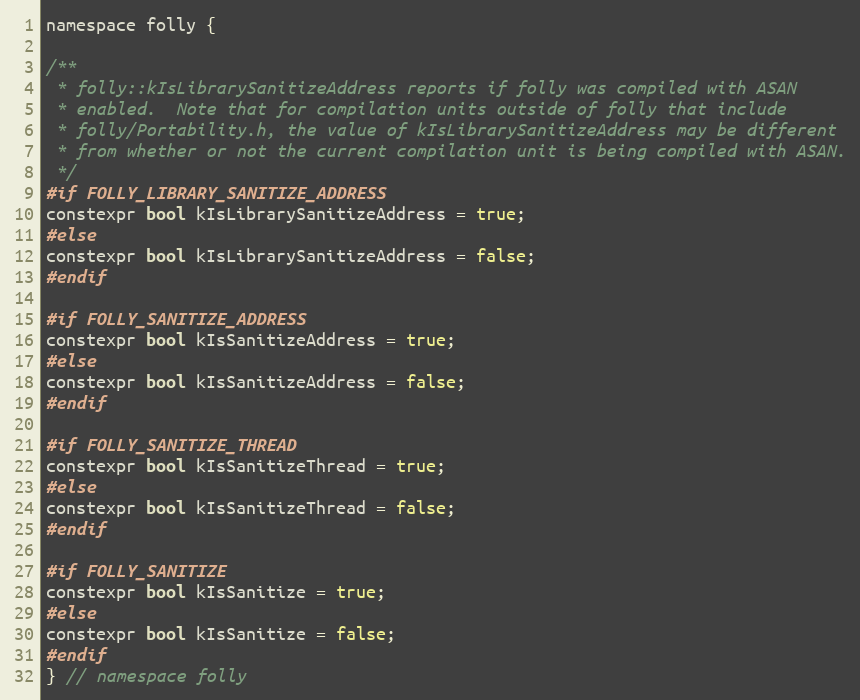
Language: C
namespace folly {

/**
 * folly::kIsLibrarySanitizeAddress reports if folly was compiled with ASAN
 * enabled.  Note that for compilation units outside of folly that include
 * folly/Portability.h, the value of kIsLibrarySanitizeAddress may be different
 * from whether or not the current compilation unit is being compiled with ASAN.
 */
#if FOLLY_LIBRARY_SANITIZE_ADDRESS
constexpr bool kIsLibrarySanitizeAddress = true;
#else
constexpr bool kIsLibrarySanitizeAddress = false;
#endif

#if FOLLY_SANITIZE_ADDRESS
constexpr bool kIsSanitizeAddress = true;
#else
constexpr bool kIsSanitizeAddress = false;
#endif

#if FOLLY_SANITIZE_THREAD
constexpr bool kIsSanitizeThread = true;
#else
constexpr bool kIsSanitizeThread = false;
#endif

#if FOLLY_SANITIZE
constexpr bool kIsSanitize = true;
#else
constexpr bool kIsSanitize = false;
#endif
} // namespace folly